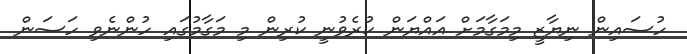
ހުސައިން ނިޔާޒީ މިމަގާމަށް އައްޔަން ކުރެވުނީ ކުރިން މި މަގާމުގައި ހުންނެވި ހަސަން